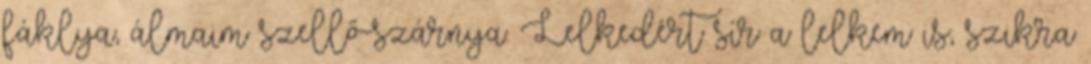
fáklya, álmaim szellő-szárnya. Lelkedért sír a lelkem is, szikra